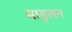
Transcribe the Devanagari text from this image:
माडुलन